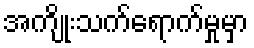
အကျိုးသက်ရောက်မှုမှာ